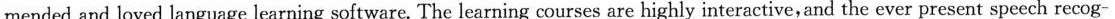
mended and loved language learning software. The learning courses are highly interactive, and the ever present speech recog-